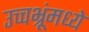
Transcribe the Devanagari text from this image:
उच्चभ्रूंमध्ये